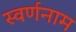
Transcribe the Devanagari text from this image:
स्वर्णनाम